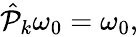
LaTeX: \begin{array}{r}{\hat{\mathcal P}_{k}\omega_{0}=\omega_{0},}\end{array}